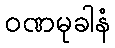
ဝဏမုခါနံ